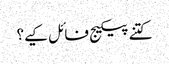
کتنے پیکیج فائل کیے؟